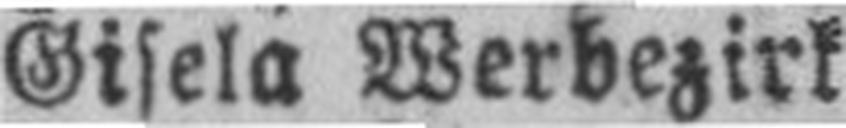
Gisela Werbezirl